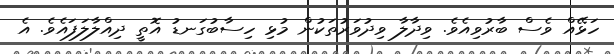
ހަޅޭއް ވެސް ބާރުވިއެވެ. ވިދާލާ ވިދުވަރުތަކުން މުޅި ހިސާބުގަނޑު އޮތީ ދިއްލާލަފައެވެ. އެ